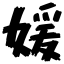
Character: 媛